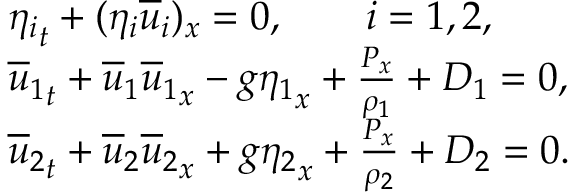
\begin{array} { r l } & { { \eta _ { i } } _ { t } + ( \eta _ { i } { \overline { { u } } } _ { i } ) _ { x } = 0 , \qquad i = 1 , 2 , } \\ & { { { \overline { { u } } } _ { 1 } } _ { t } + { { \overline { { u } } } _ { 1 } } { { \overline { { u } } } _ { 1 } } _ { x } - g { \eta _ { 1 } } _ { x } + \frac { P _ { x } } { \rho _ { 1 } } + D _ { 1 } = 0 , } \\ & { { { \overline { { u } } } _ { 2 } } _ { t } + { { \overline { { u } } } _ { 2 } } { { \overline { { u } } } _ { 2 } } _ { x } + g { \eta _ { 2 } } _ { x } + \frac { P _ { x } } { \rho _ { 2 } } + D _ { 2 } = 0 . } \end{array}